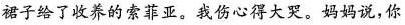
裙子给了收养的索菲亚。我伤心得大哭。妈妈说，你